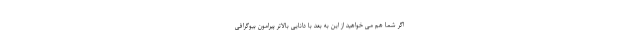
اگر شما هم می خواهید از این به بعد با دانایی بالاتر پیرامون بیوگرافی